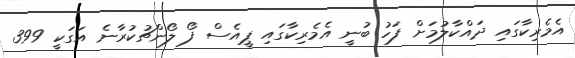
އެމެރިކާގައި ދައްކާލުމަށް ފަހު ބުނީ އެމެރިކާގައި ޕީއެސް ފޯ ލޯންޗުކުރާނެ އަގަކީ 399